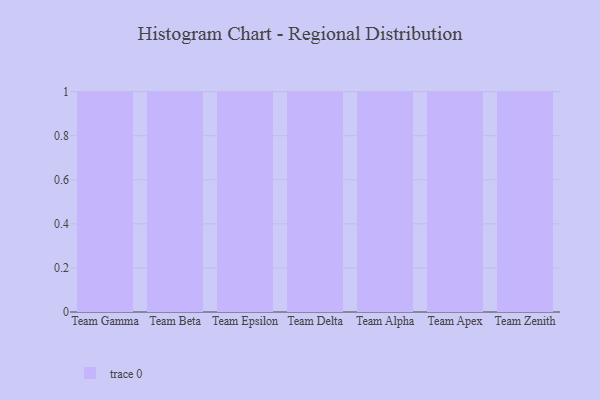
{"axis": {"x": "Team", "y": "Energy Usage (MWh)"}, "legend": [""], "data": [{"x": "Team Gamma", "y": 55, "type": ""}, {"x": "Team Beta", "y": 90, "type": ""}, {"x": "Team Epsilon", "y": 79, "type": ""}, {"x": "Team Delta", "y": 57, "type": ""}, {"x": "Team Alpha", "y": 88, "type": ""}, {"x": "Team Apex", "y": 85, "type": ""}, {"x": "Team Zenith", "y": 64, "type": ""}]}